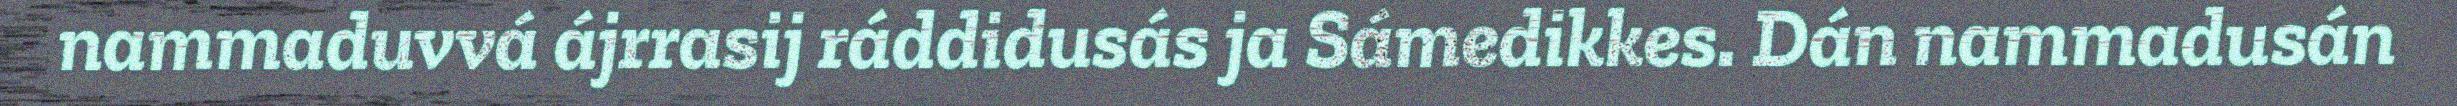
nammaduvvá ájrrasij ráddidusás ja Sámedikkes. Dán nammadusán